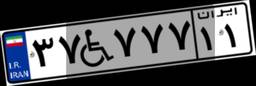
۵۹W۹۱۹۱۹